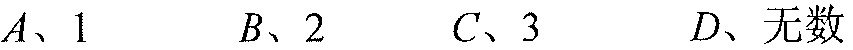
\(A\)、\(1\)  \(B\)、\(2\)  \(C\)、\(3\)  \(D\)、无数